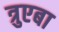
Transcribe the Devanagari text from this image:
त्रुएबा